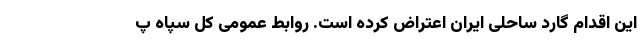
این اقدام گارد ساحلی ایران اعتراض کرده است. روابط عمومی کل سپاه پ